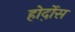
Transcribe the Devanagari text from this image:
होर्द़ोस